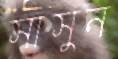
সাসুন